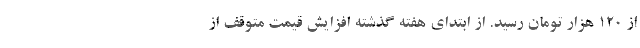
از 120 هزار تومان رسید. از ابتدای هفته گذشته افزایش قیمت متوقف از